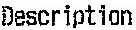
DESCRIPTION